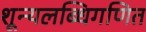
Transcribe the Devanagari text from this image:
शून्यलब्धिगणित